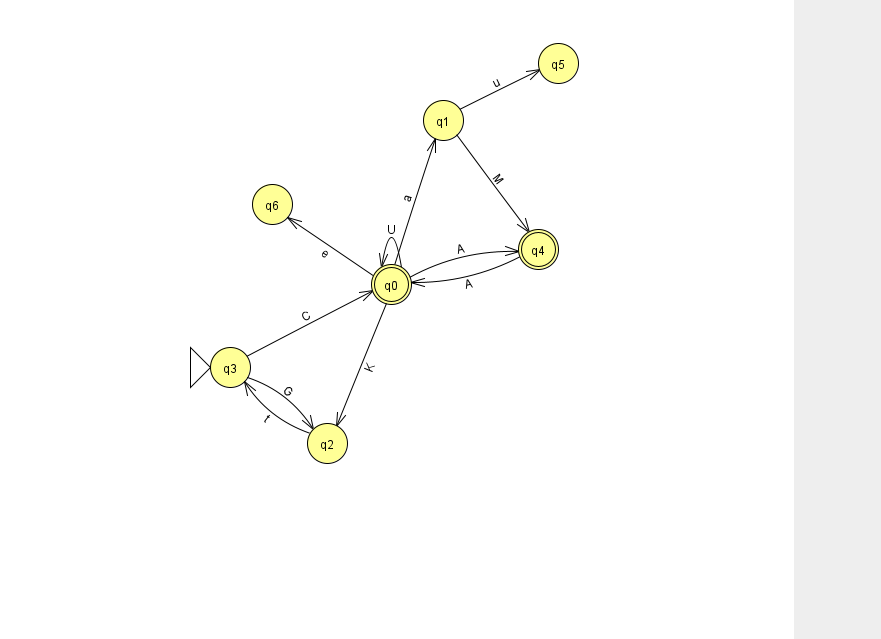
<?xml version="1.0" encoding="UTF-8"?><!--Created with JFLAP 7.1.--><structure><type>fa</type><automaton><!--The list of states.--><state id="0" name="q0"><x>391.0</x><y>271.0</y><final/></state><state id="1" name="q1"><x>443.0</x><y>107.0</y></state><state id="2" name="q2"><x>327.0</x><y>430.0</y></state><state id="3" name="q3"><x>230.0</x><y>354.0</y><initial/></state><state id="4" name="q4"><x>538.0</x><y>236.0</y><final/></state><state id="5" name="q5"><x>558.0</x><y>50.0</y></state><state id="6" name="q6"><x>272.0</x><y>191.0</y></state><!--The list of transitions.--><transition><from>2</from><to>3</to><read>t</read></transition><transition><from>3</from><to>2</to><read>G</read></transition><transition><from>0</from><to>0</to><read>U</read></transition><transition><from>3</from><to>0</to><read>C</read></transition><transition><from>0</from><to>1</to><read>a</read></transition><transition><from>0</from><to>2</to><read>K</read></transition><transition><from>0</from><to>4</to><read>A</read></transition><transition><from>0</from><to>6</to><read>e</read></transition><transition><from>1</from><to>5</to><read>u</read></transition><transition><from>4</from><to>0</to><read>A</read></transition><transition><from>1</from><to>4</to><read>M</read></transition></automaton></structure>